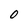
Character: 0